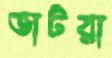
ভার্টরা